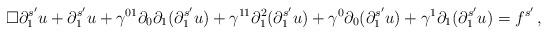
LaTeX: \begin{align*}\Box \partial^{s'}_1u + \partial^{s'}_1u + \gamma^{01}\partial_0\partial_1(\partial^{s'}_1u) + \gamma^{11} \partial_1^2 (\partial^{s'}_1u) + \gamma^0\partial_0 (\partial^{s'}_1u) + \gamma^1 \partial_1 (\partial^{s'}_1u) = f^{s'} \, ,\end{align*}